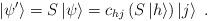
LaTeX: \begin{align*}\left|\psi '\right>=S\left|\psi\right>=c_{hj}\left(S\left|h\right>\right)\left|j\right>\;.\end{align*}